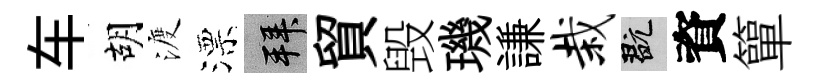
车胡渡漂拜貿毁璣謙栽玩資簞